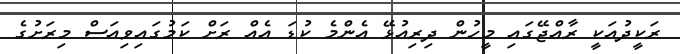
ރަކީދުއަކީ ރާއްޖޭގައި މީހުން ދިރިއުޅޭ އެންމެ ކުޑަ އެއް ރަށް ކަމުގައިވިއަސް މިރަށުގެ